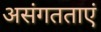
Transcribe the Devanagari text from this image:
असंगतताएं